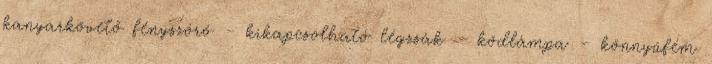
kanyarkövető fényszóró – kikapcsolható légzsák – ködlámpa – könnyűfém